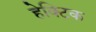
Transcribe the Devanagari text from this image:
हेक्टिक